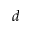
d